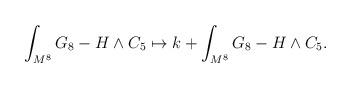
LaTeX: \begin{align*}\int_{M^8} G_8-H\wedge C_5\mapsto k+\int_{M^8} G_8-H\wedge C_5.\end{align*}